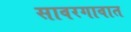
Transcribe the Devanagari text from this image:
सावरगावात